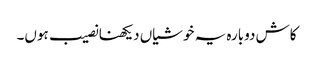
کاش دوبارہ یہ خوشیاں دیکھنا نصیب ہوں۔